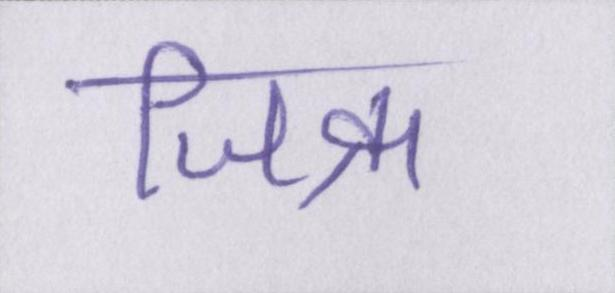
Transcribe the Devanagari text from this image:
जिक्र